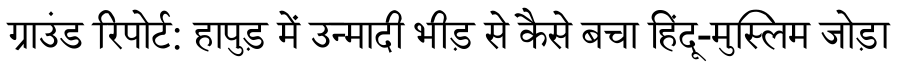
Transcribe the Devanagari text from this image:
ग्राउंड रिपोर्ट: हापुड़ में उन्मादी भीड़ से कैसे बचा हिंदू-मुस्लिम जोड़ा